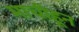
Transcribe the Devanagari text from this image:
माचीहून